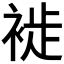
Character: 𧚺